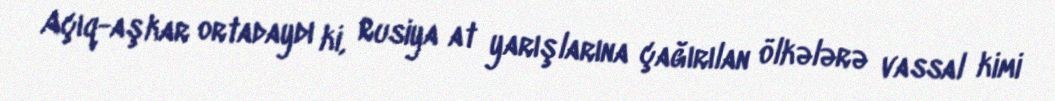
Açıq-aşkar ortadaydı ki, Rusiya at yarışlarına çağırılan ölkələrə vassal kimi